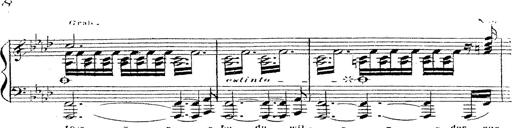
Title: 12 Lieder von Franz Schubert
Composer: Franz Liszt